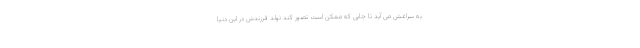
به سراغش می آید تا جایی که ممکن است تصور کند تولد فرزندش در این دنیا